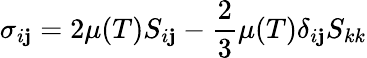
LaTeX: \sigma_{i\mathbf{j}}=2\mu(T)S_{i\mathbf{j}}-{\frac{{2}}{{3}}}\mu(T)\delta_{i\mathbf{j}}S_{kk}